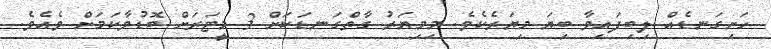
ހަށިގަނޑެއް ލިބިފައިވާ ބިޔަ މިޔަރެކެވެ. މިމިޔަރު ގާތްގަނޑަކަށް 3 މީޓަރަށް ބޮޑުވާކަމަށް ވެއެވެ.